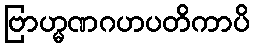
ဗြာဟ္မဏဂဟပတိကာပိ